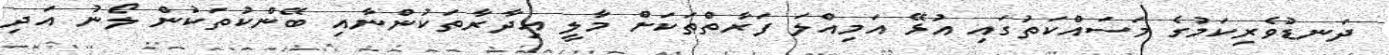
ދަނޑުވެރިކަމުގެ މަސައްކަތުގައި އުޅޭ އަމިއްލަ ފަރާތްތަކަށް މާލީ އިދާރާތަކުންނާއި ބޭންކުތަކުން ލޯނު އަދި